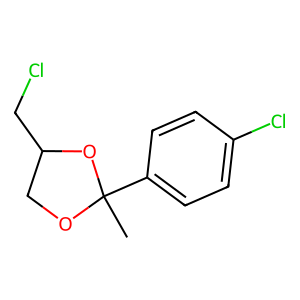
SMILES: CC1(c2ccc(Cl)cc2)OCC(CCl)O1
Inhibits HIV replication: No